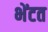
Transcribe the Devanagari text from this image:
भेंटत